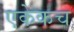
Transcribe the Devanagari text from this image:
एकेकच